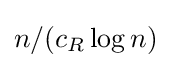
n/(c_{R}\log {n})